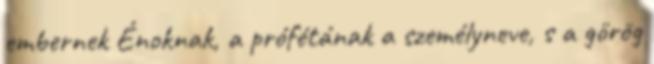
embernek Énoknak, a prófétának a személyneve, s a görög